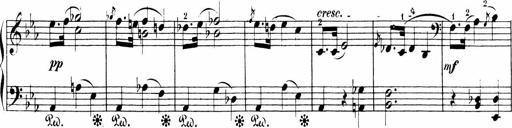
Title: Sonatinen Op.47, 98 und 136, nebst 6 Liedersonatinen
Composer: Carl Reinecke